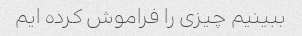
ببینیم چیزی را فراموش کرده ایم